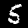
Label: 5